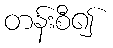
တန်းစီ၍